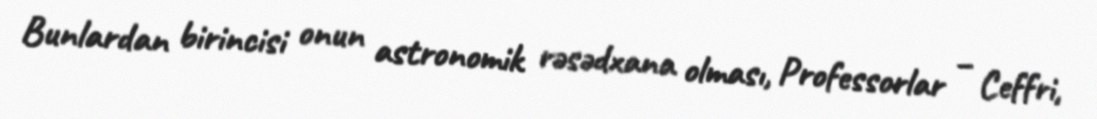
Bunlardan birincisi onun astronomik rəsədxana olması, Professorlar – Ceffri,